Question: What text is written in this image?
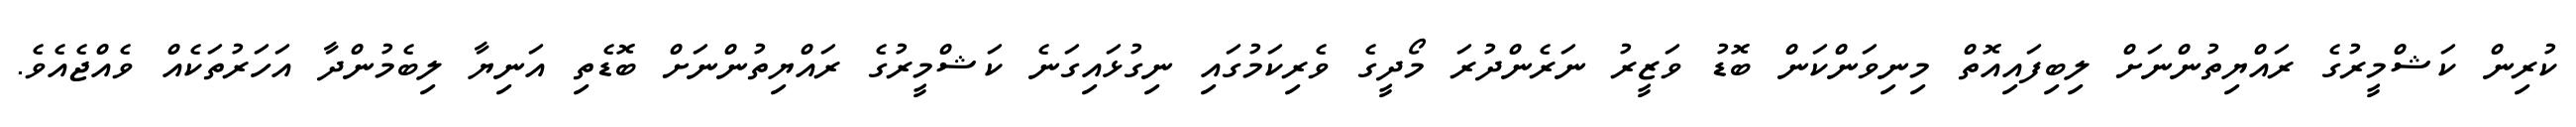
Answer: ކުރިން ކަޝްމީރުގެ ރައްޔިތުންނަށް ލިބިފައިއޮތް މިނިވަންކަން ބޮޑު ވަޒީރު ނަރެންދުރަ މޯދީގެ ވެރިކަމުގައި ނިގުޅައިގަނެ ކަޝްމީރުގެ ރައްޔިތުންނަށް ބޮޑެތި އަނިޔާ ލިބެމުންދާ އަހަރުތަކެއް ވެއްޖެއެވެ.